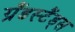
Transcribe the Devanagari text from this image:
ग्रैंडस्टैंड्स